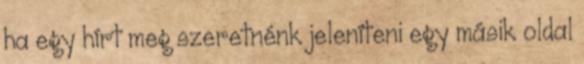
ha egy hírt meg szeretnénk jeleníteni egy másik oldal